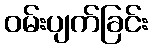
ဝမ်းပျက်ခြင်း